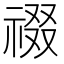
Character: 䄌